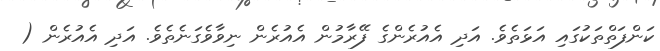
ކަންފަތްތަކުގައި އަޅަތެވެ. އަދި އެއުރެންގެ ފޭރާމުން އެއުރެން ނިވާވެގަނެތެވެ. އަދި އެއުރެން (